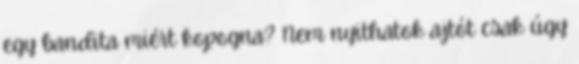
egy bandita miért kopogna? Nem nyithatok ajtót csak úgy